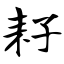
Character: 耔